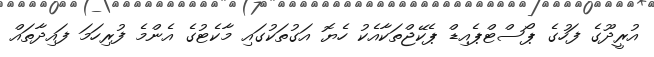
އުރީދޫގެ ފަހުގެ ޕޯސްޓްޕެއިޑް ޕެކޭޖްތަކާއެކު ހެޔޮ އަގުތަކުގައި މާކެޓުގެ އެންމެ ފުރިހަމަ ފައިދާތައް